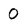
Character: 0